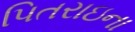
પિતરાઇના